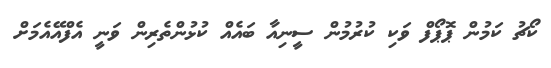
ކޯޗު ކަމުން ޕޮޕޯފް ވަކި ކުރުމުން ސީނިއާ ބައެއް ކުޅުންތެރިން ވަނީ އެފްއޭއެމަށް